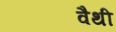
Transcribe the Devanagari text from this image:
वैथी